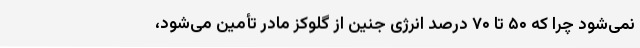
نمی‌شود چرا که ۵۰ تا ۷۰ درصد انرژی جنین از گلوکز مادر تأمین می‌شود،